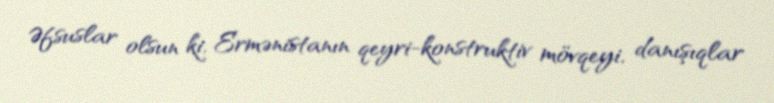
Əfsuslar olsun ki, Ermənistanın qeyri-konstruktiv mövqeyi, danışıqlar